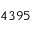
4 3 9 5